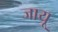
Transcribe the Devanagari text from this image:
जायू